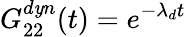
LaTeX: G_{22}^{d\mathit{y}n}(t)=e^{-\lambda_{d}t}